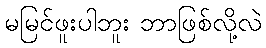
မမြင်ဖူးပါဘူး ဘာဖြစ်လို့လဲ